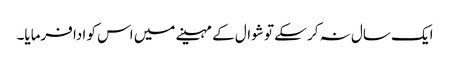
ایک سال نہ کر سکے تو شوال کے مہینے میں اس کو ادا فرمایا۔